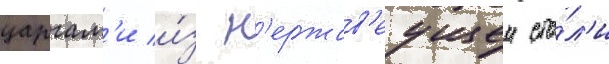
царгам'и и́з н'ержав'еущеи ста́л'и